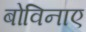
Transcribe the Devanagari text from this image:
बोविनाए